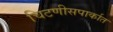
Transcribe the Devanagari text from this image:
चिटणीसपार्कात